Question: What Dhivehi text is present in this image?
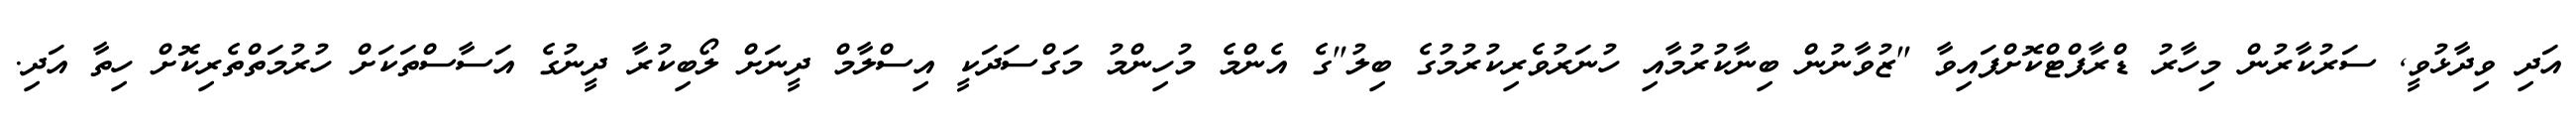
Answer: އަދި ވިދާޅުވީ, ސަރުކާރުން މިހާރު ޑްރާފްޓްކޮށްފައިވާ "ޒުވާނުން ބިނާކުރުމާއި ހުނަރުވެރިކުރުމުގެ ބިލު"ގެ އެންމެ މުހިންމު މަގްސަދަކީ އިސްލާމް ދީނަށް ލޯބިކުރާ ދީނުގެ އަސާސްތަކަށް ހުރުމަތްތެރިކޮށް ހިތާ އަދި.